Civil Veterinary Department Bihar & Orissa reports 1929-36 - 1929-1936
Year: 1929
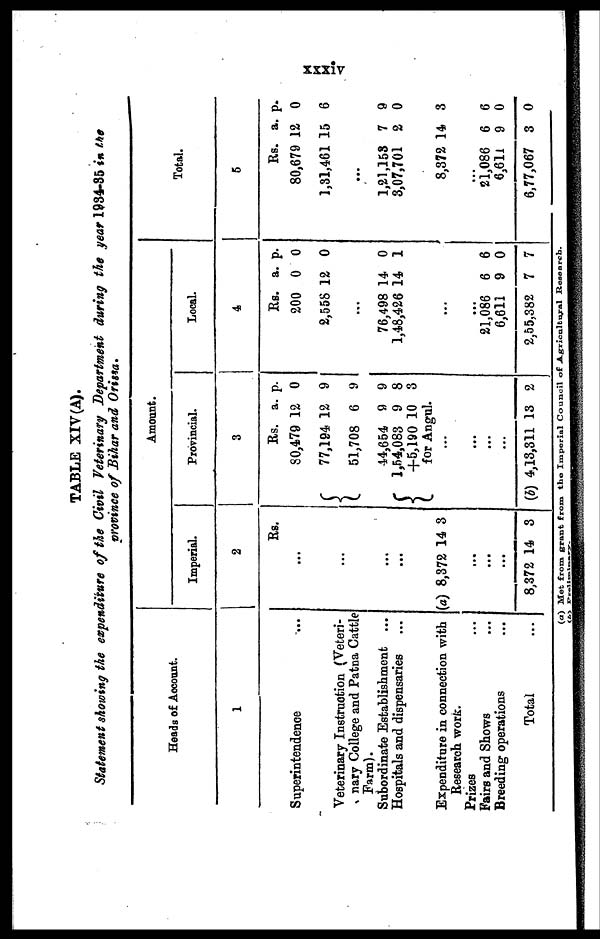
xxxiv
TABLE XIV(A).
Statement showing the expenditure of the Civil Veterinary Department during the year 1934-35 in the
province of Bihar and Orissa.
Heads of Account.
1
Superintendence ...
Veterinary Instruction (Veteri-
nary College and Patna Cattle
Farm).
Subordinate Establishment ...
Hospitals and dispensaries ...
Expenditure in connection with
Research work.
Prizes ...
Fairs and Shows ...
Breeding operations ...
Total ...
Amount.
Imperial.
2
Rs.
...
...
...
...
...
(a) 8,372 14 3
...
...
...
8,372 14 8
Provincial.
3
Rs. a. p.
80,479 12 0
77,194 12 9
51,708 6 9
44,654 9 9
1,54,083 9 8
+5,190 10 3
for Angul.
...
...
...
...
(b) 4,13,311 13 2
Local.
4
Rs. a. p.
200 0 0
2,558 12 0
...
76,498 14 0
1,48,426 14 1
...
...
21,086 6 6
6,611 9 0
2,55,382 7 7
Total.
5
Rs. a. p.
80,679 12 0
1,31,461 15 6
...
1,21,153 7 9
3,07,701 2 0
8,372 14 3
...
21,086 6 6
6,611 9 0
6,77,067 3 0
(a) Met from grant from the Imperial Council of Agricultural Research.
(b) Preliminary.